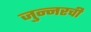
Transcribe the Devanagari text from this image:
जुन्नरची